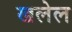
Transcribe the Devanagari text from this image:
खलेल